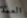
العمد